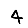
Digit: 4